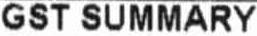
GST SUMMARY